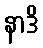
နာဒိ